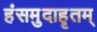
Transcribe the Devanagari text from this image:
हंसमुदाहृतम्